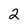
Character: 2